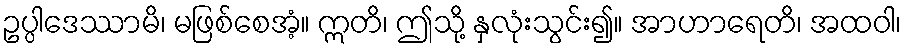
ဥပ္ပါဒေဿာမိ၊ မဖြစ်စေအံ့။ ဣတိ၊ ဤသို့ နှလုံးသွင်း၍။ အာဟာရေတိ၊ အထဝါ၊